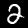
Label: 2